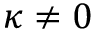
\kappa \neq 0